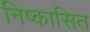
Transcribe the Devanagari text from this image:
निष्कासित